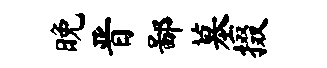
晚晋鄙墓掇